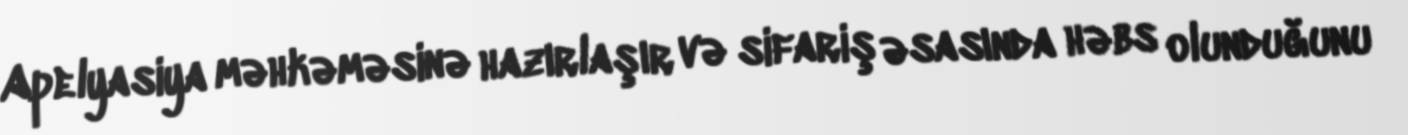
Apelyasiya məhkəməsinə hazırlaşır və sifariş əsasında həbs olunduğunu